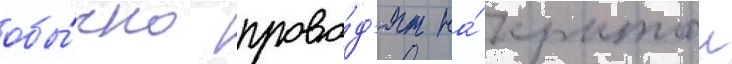
обы́чно прово́д'ят на́ крытои